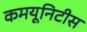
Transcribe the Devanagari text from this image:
कमयूनिटीस